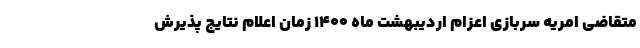
متقاضی امریه سربازی اعزام اردیبهشت ماه ۱۴۰۰ زمان اعلام نتایج پذیرش